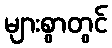
များစွာတွင်